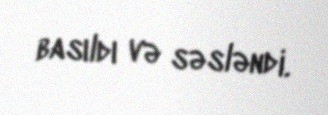
basıldı və səsləndi.